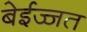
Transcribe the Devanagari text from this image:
बेईज्जत